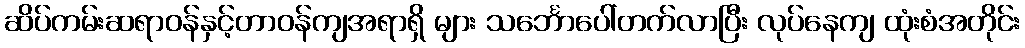
ဆိပ်ကမ်းဆရာဝန်နှင့်တာဝန်ကျအရာရှိ များ သင်္ဘောပေါ်တက်လာပြီး လုပ်နေကျ ထုံးစံအတိုင်း